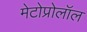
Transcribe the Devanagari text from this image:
मेटोप्रोलॉल